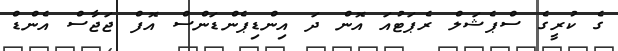
ގެ ކުރީގެ ސްޕެޝަލް ރެޕަޓުއަ އޮން ދަ އިންޑިޕެންޑަންސް އޮފް ޖަޖާސް އެންޑް